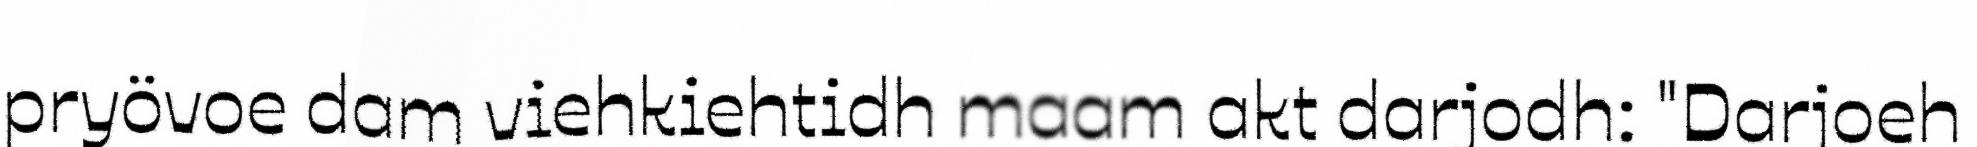
pryövoe dam viehkiehtidh maam akt darjodh: "Darjoeh